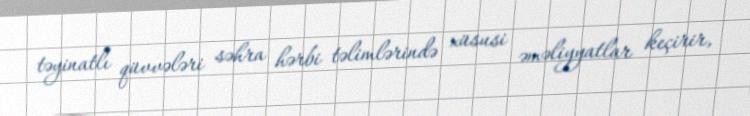
təyinatlı qüvvələri səhra hərbi təlimlərində xüsusi əməliyyatlar keçirir,